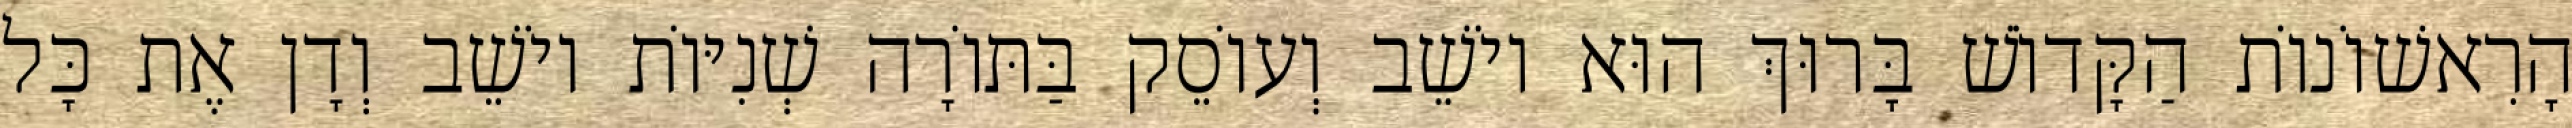
הָרִאשׁוֹנוֹת הַקָּדוֹשׁ בָּרוּךְ הוּא יוֹשֵׁב וְעוֹסֵק בַּתּוֹרָה שְׁנִיּוֹת יוֹשֵׁב וְדָן אֶת כָּל